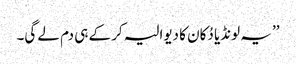
’’ یہ لونڈیا دُکان کا دیوالیہ کر کے ہی دم لے گی۔